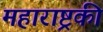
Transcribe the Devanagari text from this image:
महाराष्ट्रकी